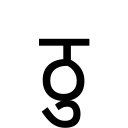
OCR:
ठु